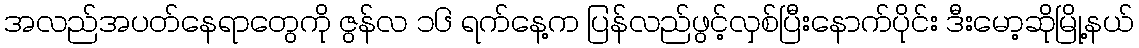
အလည်အပတ်နေရာတွေကို ဇွန်လ ၁၆ ရက်နေ့က ပြန်လည်ဖွင့်လှစ်ပြီးနောက်ပိုင်း ဒီးမော့ဆိုမြို့နယ်